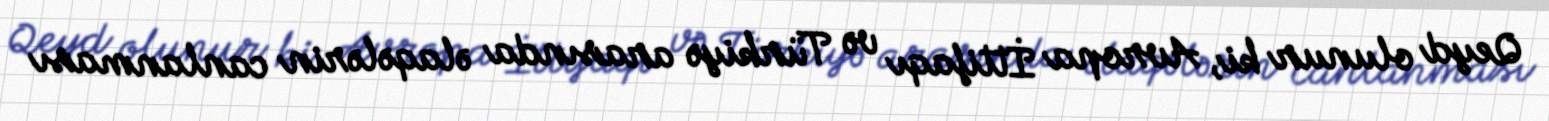
Qeyd olunur ki, Avropa İttifaqı və Türkiyə arasında əlaqələrin canlanması